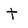
Character: t